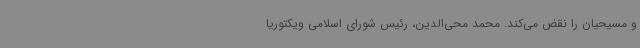
و مسیحیان را نقض می‌کند. محمد محی‌الدین، رئیس شورای اسلامی ویکتوریا